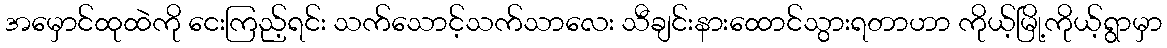
အမှောင်ထုထဲကို ငေးကြည့်ရင်း သက်သောင့်သက်သာလေး သီချင်းနားထောင်သွားရတာဟာ ကိုယ့်မြို့ကိုယ့်ရွာမှာ